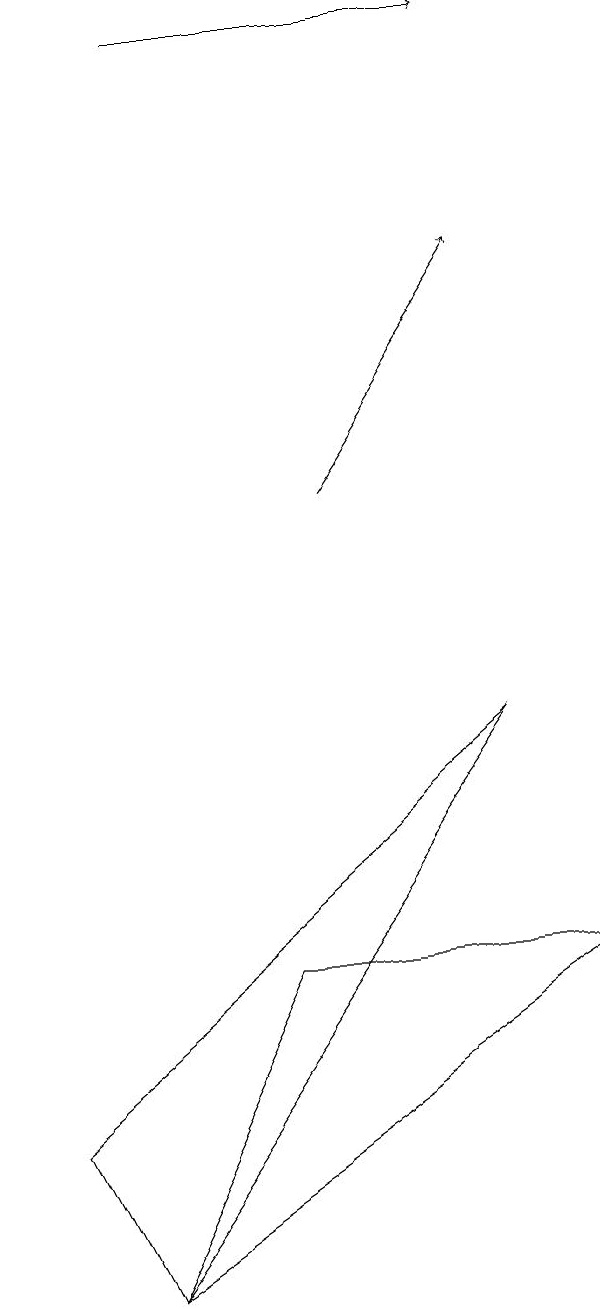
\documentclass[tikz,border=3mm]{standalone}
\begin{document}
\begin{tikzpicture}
\draw[->] (2,17) -- (6,17);
\draw (3,5) -- (7,5) -- (1,1) -- cycle;
\draw[->] (4,11) -- (6,14);
\draw (6,8) -- (0,3) -- (1,1) -- cycle;
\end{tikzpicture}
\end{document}